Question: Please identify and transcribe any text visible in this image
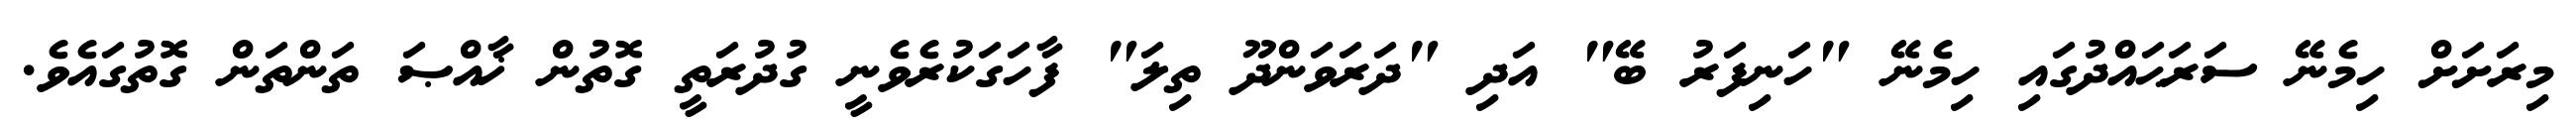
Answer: މިރަށަށް ހިމެނޭ ސަރަޙައްދުގައި ހިމެނޭ "ހަނިފަރު ބޭ" އަދި "ދަރަވަންދޫ ތިލަ" ފާހަގަކުރެވެނީ ގުދުރަތީ ގޮތުން ޚާއްޞަ ތަންތަން ގޮތުގައެވެ.